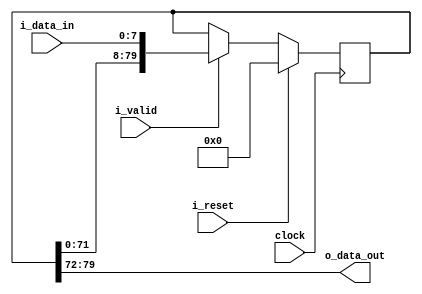
/*------------------------------------------------------------------------------
 -- Project     : CL40GC
 -------------------------------------------------------------------------------
 -- File        : common_fix_delay_line.v
 -- Author      : Ramiro R. Lopez
 -- Originator  : Clariphy Argentina S.A.
 -- Date        : 2010-Mar-27
 --
 -- Rev 0       : Initial release. RRL.
 -- Rev 1       : 20121107. Changed port declaration style.
 --
 -- $Id: common_fix_delay_line_w_valid.v 8248 2016-09-14 14:37:55Z rlopez $
 -------------------------------------------------------------------------------
 -- Description : .
 -------------------------------------------------------------------------------
 -- Copyright (C) 2009 ClariPhy Argentina S.A.  All rights reserved 
 ------------------------------------------------------------------------------*/

//`timescale  1ns/1ps

module common_fix_delay_line_w_valid
#(
    // PARAMETERS.
    parameter                               NB_DATA     = 8,
    parameter                               DELAY       = 10
)
(
    // OUTPUTS.
    output  wire    [NB_DATA-1:0]           o_data_out,

    // INPUTS.
    input   wire    [NB_DATA-1:0]           i_data_in,
    input   wire                            i_valid,
    input   wire                            i_reset,
    input   wire                            clock
);


    /*// BEGIN: Quick instance
    common_fix_delay_line_w_valid
    #(
        .NB_DATA        (  ),
        .DELAY          (  )
    )
    u_common_fix_delay_line_w_valid
    (
        .o_data_out     (  ),
        .i_data_in      (  ),
        .i_valid        (  ),
        .i_reset        (  ),
        .clock          (  )
    ) ;
    // END: Quick instance.*/



    // ALGORITHM BEGIN.


    generate
    //begin : gen_delay // Removed begin/end for synopsys...

        if ( DELAY <= 0 )
        begin : genif_0_delay

            assign  o_data_out  = i_data_in;

        end // genif_0_delay

        else if ( DELAY == 1 )
        begin : genif_1_delay

            reg             [NB_DATA-1:0]           delay_l;

            always @( posedge clock )
                if ( i_reset )
                    delay_l <= { NB_DATA {1'b0} };
                else if ( i_valid )
                    delay_l <= i_data_in;

            assign  o_data_out  = delay_l;

        end // genif_1_delay

        else if ( DELAY > 1 )
        begin : genif_no_01_delay

            reg             [DELAY*NB_DATA-1:0]     delay_l;

            always @( posedge clock )
                if ( i_reset )
                    delay_l <= { DELAY*NB_DATA {1'b0} };
                else if ( i_valid )
                    delay_l <= { delay_l[ DELAY*NB_DATA-1-NB_DATA : 0 ], i_data_in };

            assign  o_data_out  = delay_l[ DELAY*NB_DATA-1 -: NB_DATA ];

        end // genif_no_01_delay

    //end // gen_delay
    endgenerate


endmodule // common_fix_delay_line_w_valid